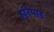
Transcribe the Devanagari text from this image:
हरिपाड